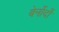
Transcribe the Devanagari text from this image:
बेर्नोर्दो